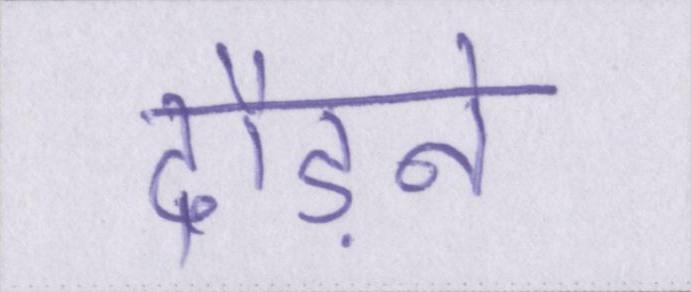
दौड़ने